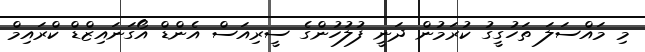
މި މައްސަލަ ތަހުގީގު ކުރަމުން ދަނީ ފުލުހުންގެ ސީރިއަސް އެންޑް އޯގަނައިޒްޑް ކްރައިމް